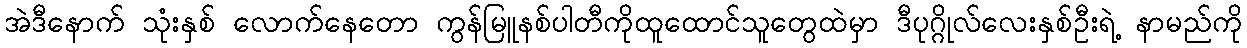
အဲဒီနောက် သုံးနှစ် လောက်နေတော ကွန်မြူနစ်ပါတီကိုထူထောင်သူတွေထဲမှာ ဒီပုဂ္ဂိုလ်လေးနှစ်ဦးရဲ့ နာမည်ကို